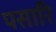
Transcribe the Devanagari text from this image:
पसारि